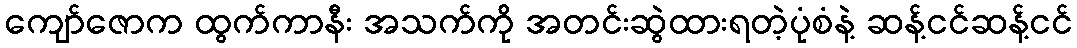
ကျော်ဇောက ထွက်ကာနီး အသက်ကို အတင်းဆွဲထားရတဲ့ပုံစံနဲ့ ဆန့်ငင်ဆန့်ငင်